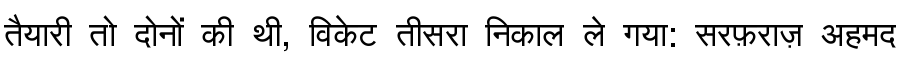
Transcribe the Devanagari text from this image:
तैयारी तो दोनों की थी, विकेट तीसरा निकाल ले गया: सरफ़राज़ अहमद